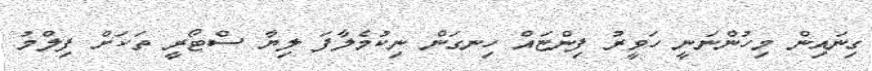
ގިނައިން މިހުންނަނީ ހަވީރު ފިންޏައް ހިނގަން ނިކުމެލާފަ ލިޔާ ސްޓޯރީ ތަކަށް ފިލްމު